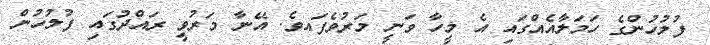
ފުލުހުންގެ ހަމަލާއެއްގައި އެ މީހާ ވަނީ މަރުވެފައވެެ. އޭނާ މަރުވީ ރައްދުގައި ފުލުހުން